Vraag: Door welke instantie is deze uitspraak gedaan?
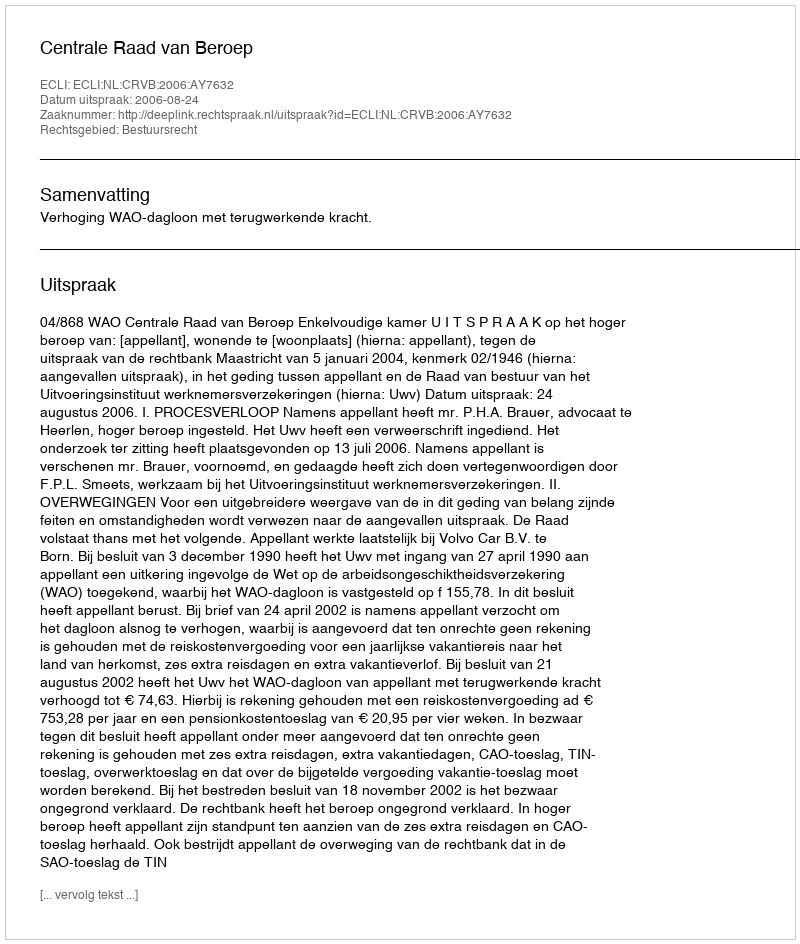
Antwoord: Centrale Raad van Beroep